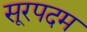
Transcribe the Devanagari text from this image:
सूरपदम